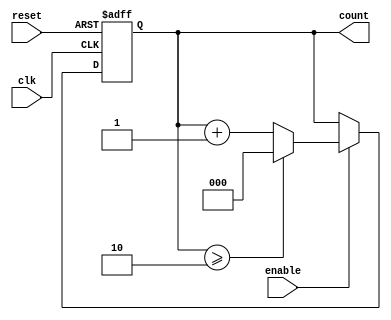
module mixed_radix_counter #(
    parameter NUM_STAGES = 3,            // Number of stages
    parameter RADIX_0 = 2,                // Radix for stage 0
    parameter RADIX_1 = 3,                // Radix for stage 1
    parameter RADIX_2 = 4                 // Radix for stage 2
)(
    input wire clk,                       // Clock input
    input wire reset,                     // Asynchronous reset
    input wire enable,                    // Enable signal
    output reg [NUM_STAGES-1:0] count    // Output count in mixed-radix format
);

    // Internal registers to hold the current count for each stage
    reg [NUM_STAGES-1:0] stage_count [0:NUM_STAGES-1];

    // Assign the output count based on the current stage counts
    always @(*) begin
        count = {stage_count[NUM_STAGES-1], stage_count[NUM_STAGES-2], stage_count[NUM_STAGES-3]};
    end

    // Counting logic
    always @(posedge clk or posedge reset) begin
        if (reset) begin
            // Reset all stages to zero
            stage_count[0] <= 0;
            stage_count[1] <= 0;
            stage_count[2] <= 0;
        end else if (enable) begin
            // Increment the least significant stage
            stage_count[0] <= stage_count[0] + 1;

            // Handle carry over for each stage
            if (stage_count[0] >= RADIX_0) begin
                stage_count[0] <= 0;
                stage_count[1] <= stage_count[1] + 1;

                if (stage_count[1] >= RADIX_1) begin
                    stage_count[1] <= 0;
                    stage_count[2] <= stage_count[2] + 1;

                    // Handle carry for the most significant stage
                    if (stage_count[2] >= RADIX_2) begin
                        stage_count[2] <= 0; // Reset or wrap around
                    end
                end
            end
        end
    end

endmodule